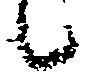
候